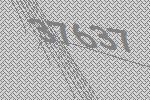
37637